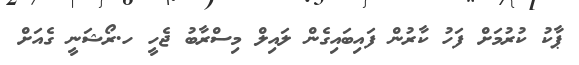
ޕާކު ކުރުމަށް ފަހު ކާރުން ފައިބައިގެން ލައިލް މިސްރާބު ޖެހީ ހ.ރޯޝަނީ ގެއަށް